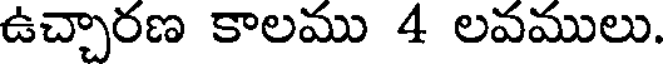
ఉచ్చారణ కాలము 4 లవములు.